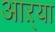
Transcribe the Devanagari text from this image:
आऱ्या